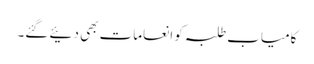
کامیاب طلبہ کو انعامات بھی دئیے گئے۔